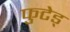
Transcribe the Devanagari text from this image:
फुटेड्